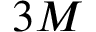
3 M